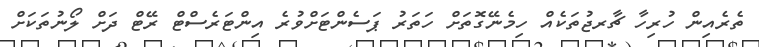
ތެރެއިން ހުރިހާ ޗާރޖުތަކެއް ހިމެނޭގޮތަށް ހަތަރު ޕަސެންޓަށްވުރެ އިންޓަރެސްޓް ރޭޓް ދަށް ލޯނުތަކަށް